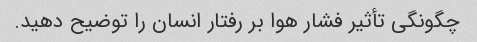
چگونگی تأثیر فشار هوا بر رفتار انسان را توضیح دهید.